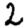
Digit: 2